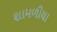
શામળીયા